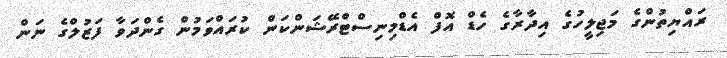
ރައްޔިތުންގެ މަޖިލީހުގެ އިދާރާގެ ހެޑް އޮފް އެޑްމިނިސްޓްރޭޝަންކަން ކުރައްވަމުން ގެންދަވާ ފަޒުލްގެ ނަން